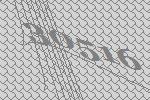
30516